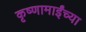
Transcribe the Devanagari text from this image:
कृष्णामाईंच्या